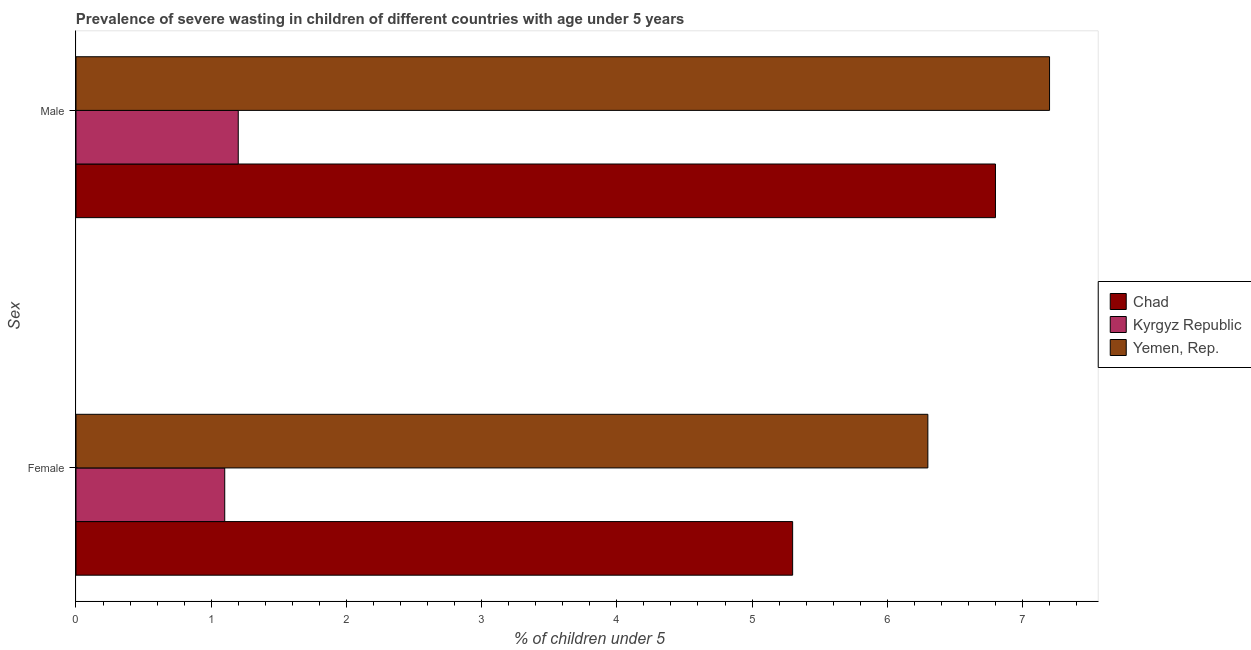
| Sex | Chad | Kyrgyz Republic | Yemen, Rep. |
 | --- | --- | --- | --- |
 | Female | 5.3 | 1.1 | 6.3 |
 | Male | 6.8 | 1.2 | 7.2 |